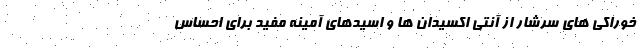
خوراکی های سرشار از آنتی اکسیدان ها و اسیدهای آمینه مفید برای احساس